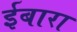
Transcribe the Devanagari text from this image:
ईबारा